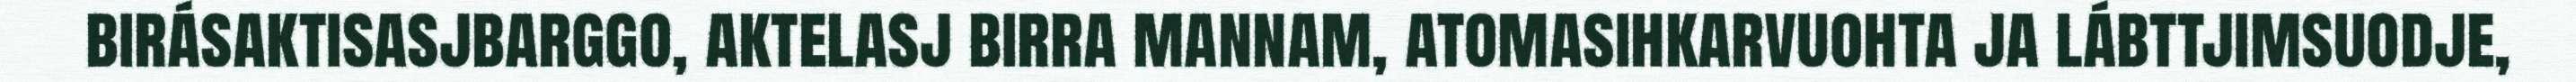
birásaktisasjbarggo, aktelasj birra mannam, atomasihkarvuohta ja lábttjimsuodje,